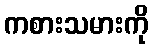
ကစားသမားကို